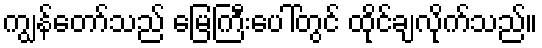
ကျွန်တော်သည် မြေကြီးပေါ်တွင် ထိုင်ချလိုက်သည်။